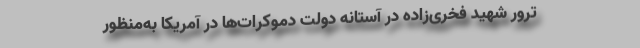
ترور شهید فخری‌زاده در آستانه دولت دموکرات‌‌ها در آمریکا به‌منظور